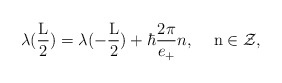
\begin{align*}\lambda (\frac{\rm L}{2})=\lambda (- \frac{\rm L}{2}) + {\hbar} {\frac{2\pi}{e_{+}}}n, \hspace{5 mm}{\rm n} \in \cal Z,\end{align*}